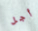
أجل